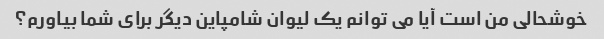
خوشحالی من است آیا می توانم یک لیوان شامپاین دیگر برای شما بیاورم؟